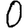
Digit: 0